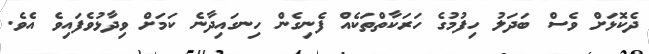
ދެކޮޅަށް ވެސް ބަދަލު ހިފުމުގެ ހަރަކާތްތަކެއް ފެނިގެން ހިނގައިދާނެ ކަމަށް ވިދާޅުވެފައިވެ އެވެ.